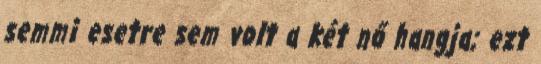
semmi esetre sem volt a két nő hangja; ezt